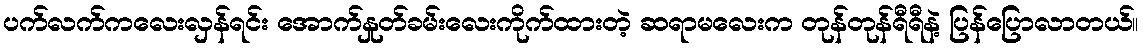
ပက်လက်ကလေးလှန်ရင်း အောက်နှုတ်ခမ်းလေးကိုက်ထားတဲ့ ဆရာမလေးက တုန်တုန်ရီရီနဲ့ ပြန်ပြောလာတယ်။